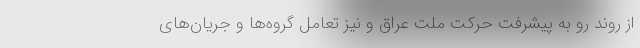
از روند رو به پیشرفت حرکت ملت عراق و نیز تعامل گروه‌ها و جریان‌های